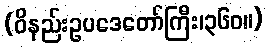
(ဝိနည်းဥပဒေတော်ကြီး၊၃၆၀။)